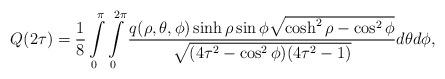
LaTeX: \begin{align*}\begin{aligned}Q(2\tau)&=\frac{1}{8}\int\limits_{0}^{\pi}\int\limits_{0}^{2\pi}\frac{q(\rho,\theta,\phi)\sinh\rho \sin\phi\sqrt{\cosh^{2}\rho-\cos^{2}\phi}}{\sqrt{(4\tau^{2}-\cos^{2}\phi)(4\tau^{2}-1)}} d\theta d\phi,\end{aligned}\end{align*}